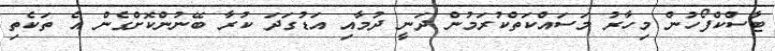
ޓާސްކްފޯހުން މިހާރު މަސައްކަތްކުރަމުން ދަނީ ދުމާއި އަޑުގަދަ ކުރާ ބޭނުންކޮށްގެން އެ ތަކެތި